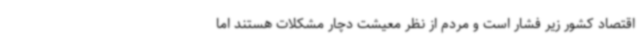
اقتصاد کشور زیر فشار است و مردم از نظر معیشت دچار مشکلات هستند اما